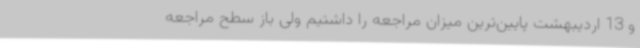
و 13 اردیبهشت پایین‌ترین میزان مراجعه را داشتیم ولی باز سطح مراجعه